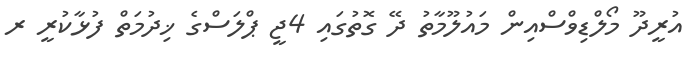
އުރީދޫ މޯލްޑިވްސްއިން މައުލޫމާތު ދޭ ގޮތުގައި 4ޖީ ޕްލަސްގެ ޚިދުމަތް ފުޅާކުރީ ރ